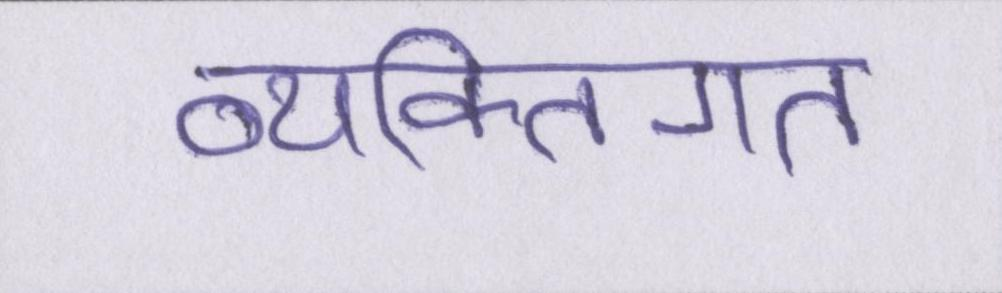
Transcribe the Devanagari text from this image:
व्यक्तिगत